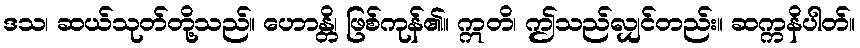
ဒသ၊ ဆယ်သုတ်တို့သည်။ ဟောန္တိ၊ ဖြစ်ကုန်၏။ ဣတိ၊ ဤသည်လျှင်တည်း။ ဆက္ကနိပါတ်။